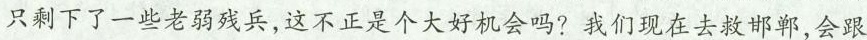
只剩下了一些老弱残兵，这不正是个大好机会吗?我们现在去救邯郸，会跟